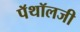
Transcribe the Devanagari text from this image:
पॅथॉलजी